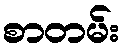
စာတမ်း